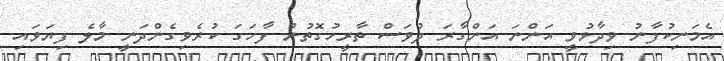
އެމަނިކުފާނު ވިދާޅުވީ އަންނަ އަންގާރަ ދުވަސް ތާރީހުގޮތުން ފާހަގަ ކުރެވިގެންދަނީ މާލެ ފިޔަވައި